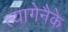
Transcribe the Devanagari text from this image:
त्यागेनैके